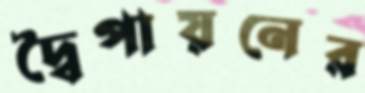
দ্বৈপায়নের